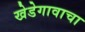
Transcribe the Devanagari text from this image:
खेडेगावाचा